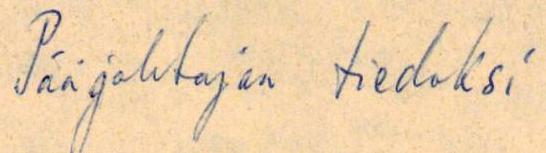
Pääjohtajan tiedoksi